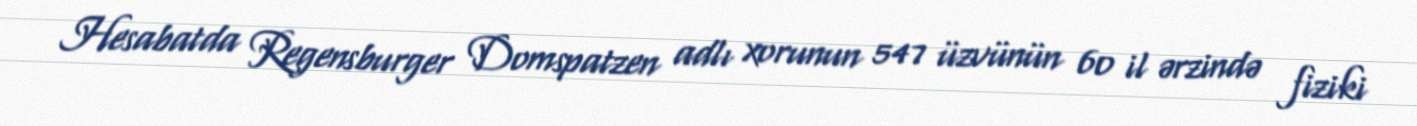
Hesabatda Regensburger Domspatzen adlı xorunun 547 üzvünün 60 il ərzində fiziki